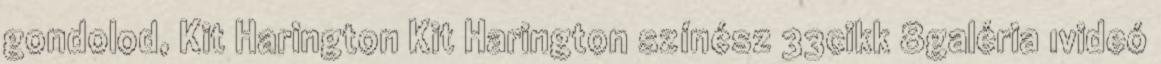
gondolod, Kit Harington Kit Harington színész 33cikk 8galéria 1videó